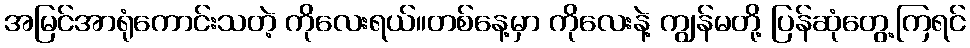
အမြင်အာရုံကောင်းသတဲ့ ကိုလေးရယ်။တစ်နေ့မှာ ကိုလေးနဲ့ ကျွန်မတို့ ပြန်ဆုံတွေ့ကြရင်